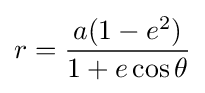
r={\frac {a(1-e^{2})}{1+e\cos \theta }}